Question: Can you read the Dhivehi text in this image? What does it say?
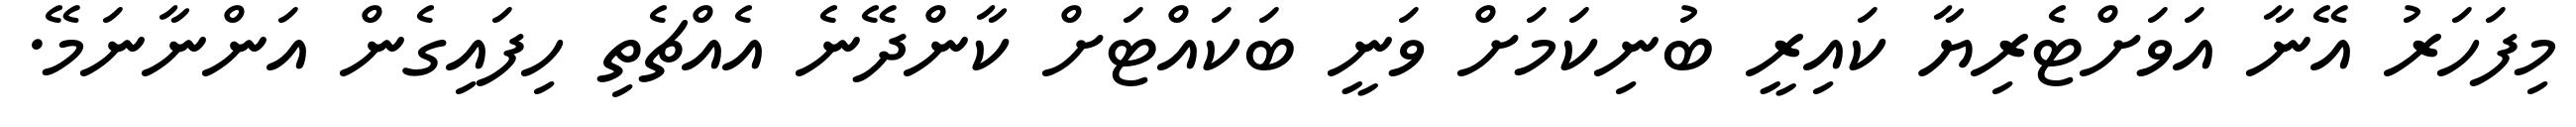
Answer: މިފަހަރު އޭނާ އަވަށްޓެރިޔާ ކައިރީ ބުނިކަމަށް ވަނީ ބަކައްޓަށް ކާންދޭނެ އެއްޗެތި ހިފައިގެން އަންނާނަމޭ.